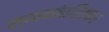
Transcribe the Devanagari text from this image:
स्थानांतरितकर